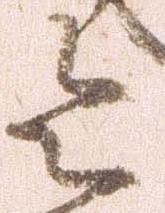
令